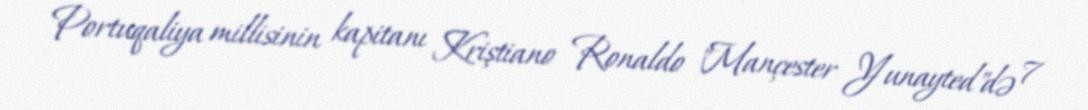
Portuqaliya millisinin kapitanı Kriştiano Ronaldo "Mançester Yunayted"də 7